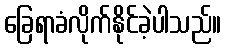
ခြေရာခံလိုက်နိုင်ခဲ့ပါသည်။